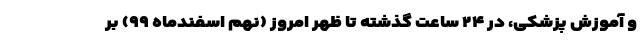
و آموزش پزشکی، در ۲۴ ساعت گذشته تا ظهر امروز (نهم اسفندماه ۹۹) بر